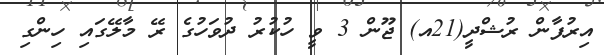
އިރުފާން ރުޝްދީ(21އ) ޖޫން 3 ވީ ހުކުރު ދުވަހުގެ ރޭ މާލޭގައި ހިންގި